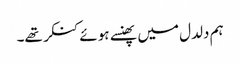
ہم دلدل میں پھنسے ہوئے کنکر تھے۔